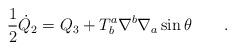
LaTeX: \begin{align*}\frac{1}{2}{\dot Q}_2=Q_3+T^a_b\nabla^b\nabla_a\sin\theta\qquad .\end{align*}